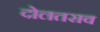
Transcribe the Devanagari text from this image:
दोलतराव